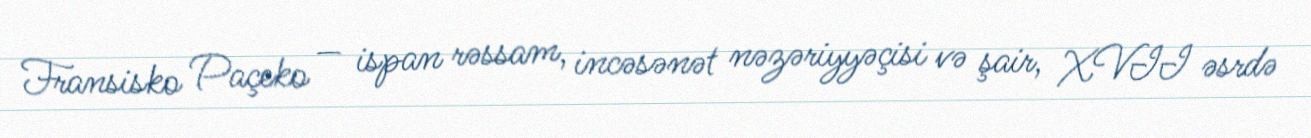
Fransisko Paçeko — ispan rəssam, incəsənət nəzəriyyəçisi və şair, XVII əsrdə